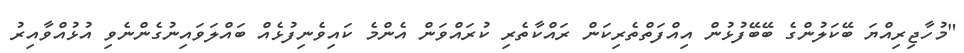
"މުހާޖިރިއްޔަ ބޭކަލުންގެ ބޭބޭފުޅުން އިއްފަތްތެރިކަން ރައްކާތެރި ކުރައްވަން އެންމެ ކައިވެނިފުޅެއް ބައްލަވައިނުގެންނެވި އުޅުއްވާއިރު